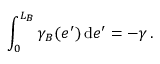
\int _ { 0 } ^ { L _ { B } } \gamma _ { B } ( e ^ { \prime } ) \, \mathrm { d } e ^ { \prime } = - \gamma \, .